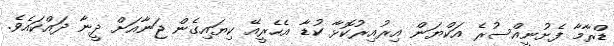
ޑްރާމާ ފެށުނީއްސުރެ އަކްޔަން އިރުއިރުކޮޅާ ކުޑާ އެހެރީއޭ ކިޔައިގެން ޖަނާއަށް ދީނާ ދައްކައެވެ.